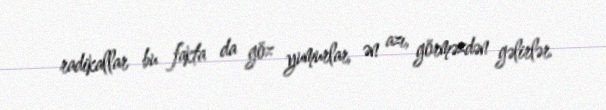
radikallar bu fakta da göz yumurlar, ən azı, görməzdən gəlirlər.